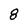
Character: 8